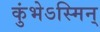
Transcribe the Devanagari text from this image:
कुंभेऽस्मिन्